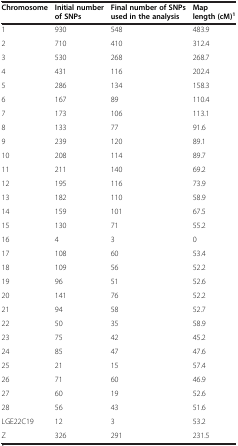
<table><thead><tr><td><b>Chromosome</b></td><td><b>Initial number of SNPs</b></td><td><b>Final number of SNPs used in the analysis</b></td><td><b>Map length (cM)<sup>1</sup></b></td></tr></thead><tbody><tr><td>1</td><td>930</td><td>548</td><td>483.9</td></tr><tr><td>2</td><td>710</td><td>410</td><td>312.4</td></tr><tr><td>3</td><td>530</td><td>268</td><td>268.7</td></tr><tr><td>4</td><td>431</td><td>116</td><td>202.4</td></tr><tr><td>5</td><td>286</td><td>134</td><td>158.3</td></tr><tr><td>6</td><td>167</td><td>89</td><td>110.4</td></tr><tr><td>7</td><td>173</td><td>106</td><td>113.1</td></tr><tr><td>8</td><td>133</td><td>77</td><td>91.6</td></tr><tr><td>9</td><td>239</td><td>120</td><td>89.1</td></tr><tr><td>10</td><td>208</td><td>114</td><td>89.7</td></tr><tr><td>11</td><td>211</td><td>140</td><td>69.2</td></tr><tr><td>12</td><td>195</td><td>116</td><td>73.9</td></tr><tr><td>13</td><td>182</td><td>110</td><td>58.9</td></tr><tr><td>14</td><td>159</td><td>101</td><td>67.5</td></tr><tr><td>15</td><td>130</td><td>71</td><td>55.2</td></tr><tr><td>16</td><td>4</td><td>3</td><td>0</td></tr><tr><td>17</td><td>108</td><td>60</td><td>53.4</td></tr><tr><td>18</td><td>109</td><td>56</td><td>52.2</td></tr><tr><td>19</td><td>96</td><td>51</td><td>52.6</td></tr><tr><td>20</td><td>141</td><td>76</td><td>52.2</td></tr><tr><td>21</td><td>94</td><td>58</td><td>52.7</td></tr><tr><td>22</td><td>50</td><td>35</td><td>58.9</td></tr><tr><td>23</td><td>75</td><td>42</td><td>45.2</td></tr><tr><td>24</td><td>85</td><td>47</td><td>47.6</td></tr><tr><td>25</td><td>21</td><td>15</td><td>57.4</td></tr><tr><td>26</td><td>71</td><td>60</td><td>46.9</td></tr><tr><td>27</td><td>60</td><td>19</td><td>52.6</td></tr><tr><td>28</td><td>56</td><td>43</td><td>51.6</td></tr><tr><td>LGE22C19</td><td>12</td><td>3</td><td>53.2</td></tr><tr><td>Z</td><td>326</td><td>291</td><td>231.5</td></tr></tbody></table>